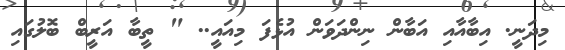
މިދަނީ. އިބާއާއި އަބާން ނިންދަވަން އުޅެފަ މިއައީ.. " ތީބާ އަރީބް ބޮލުގައި